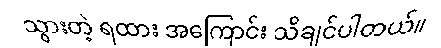
သွားတဲ့ ရထား အကြောင်း သိချင်ပါတယ်။